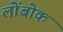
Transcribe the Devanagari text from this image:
लोंबोक